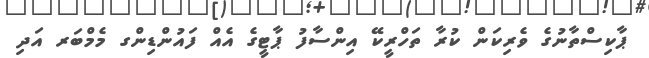
ޕާކިސްތާނުގެ ވެރިކަން ކުރާ ތަހްރީކޭ އިންސާފު ޕާޓީގެ އެއް ފައުންޑިންގ މެމްބަރ އަދި